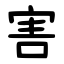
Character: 害